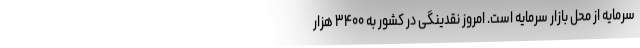
سرمایه از محل بازار سرمایه است. امروز نقدینگی در کشور به ۳۴۰۰ هزار